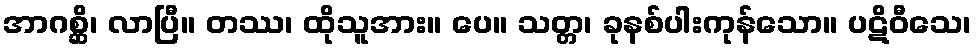
အာဂစ္ဆိ၊ လာပြီ။ တဿ၊ ထိုသူအား။ ပေ။ သတ္တ၊ ခုနစ်ပါးကုန်သော။ ပဋိဝီသေ၊